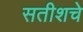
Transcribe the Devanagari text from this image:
सतीशचे